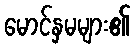
မောင်နှမများ၏